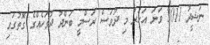
ނަޝީދު 2011 ވަނަ އަހަރު މި ދުވަސް ރަސްމީ ބަންދު ދުވަހެއްގެ ގޮތުގައި